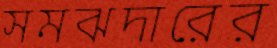
সমঝদারের